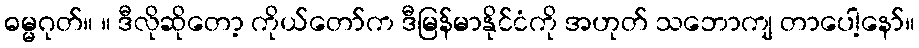
ဓမ္မဂုတ်။ ။ ဒီလိုဆိုတော့ ကိုယ်တော်က ဒီမြန်မာနိုင်ငံကို အဟုတ် သဘောကျ တာပေါ့နော်။